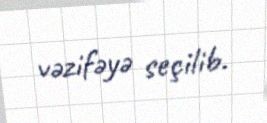
vəzifəyə seçilib.